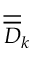
\overline { { \overline { { D } } } } _ { k }